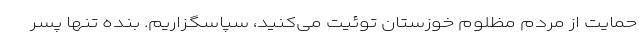
حمایت از مردم مظلوم خوزستان توئیت می‌کنید، سپاسگزاریم. بنده تنها پسر